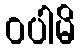
ဝပါမိ